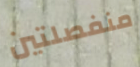
منفصلتين